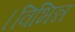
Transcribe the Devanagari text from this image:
।विभिन्न